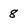
Character: 8